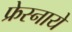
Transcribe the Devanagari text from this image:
फ्रेस्नाये